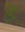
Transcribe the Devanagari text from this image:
र्‍ाॣ